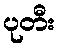
ပုတီး